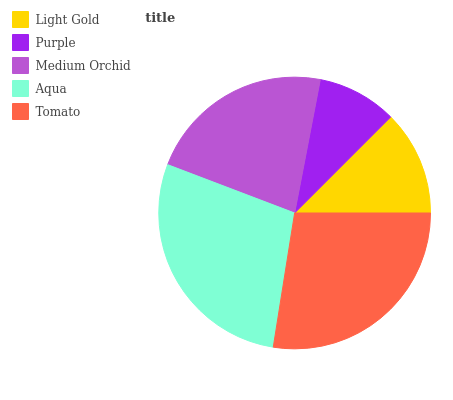
| Light Gold | Purple | Medium Orchid | Aqua | Tomato |
 | --- | --- | --- | --- | --- |
 | 12.5% | 9.47% | 22.3% | 28.3% | 27.5% |